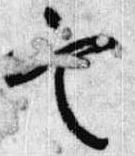
定